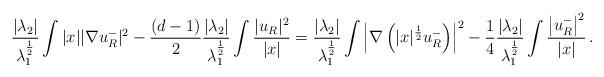
LaTeX: \begin{align*} \frac{|\lambda_2|}{\lambda_1^{\frac12}} \int|x||\nabla u^-_{R}|^2 -\frac{(d-1)}{2}\frac{|\lambda_2|}{\lambda_1^{\frac12}}\int\frac{|u_{R}|^2}{|x|} = \frac{|\lambda_2|}{\lambda_1^{\frac12}} \int\left|\nabla\left(|x|^{\frac12}u_R^-\right)\right|^2 -\frac14\frac{|\lambda_2|}{\lambda_1^{\frac12}} \int\frac{\left|u_R^-\right|^2}{|x|} \,.\end{align*}